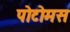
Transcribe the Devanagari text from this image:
पोटोमस